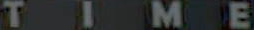
TIME